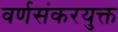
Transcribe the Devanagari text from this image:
वर्णसंकरयुक्त